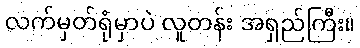
လက်မှတ်ရုံမှာပဲ လူတန်း အရှည်ကြီး။